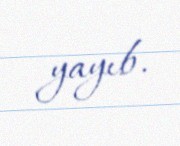
yayıb.